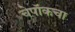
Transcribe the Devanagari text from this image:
चेपॉकचा